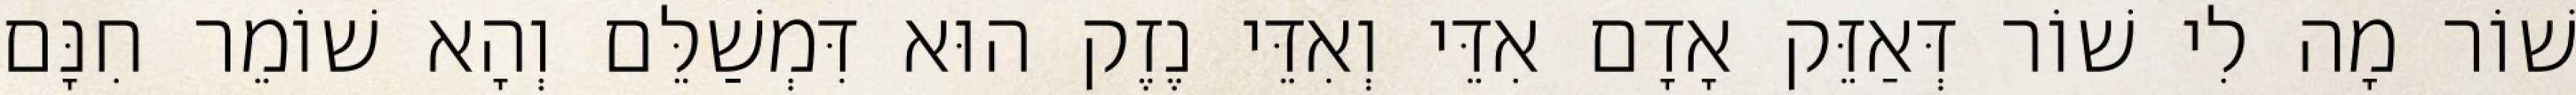
שׁוֹר מָה לִי שׁוֹר דְּאַזֵּק אָדָם אִדֵּי וְאִדֵּי נֶזֶק הוּא דִּמְשַׁלֵּם וְהָא שׁוֹמֵר חִנָּם